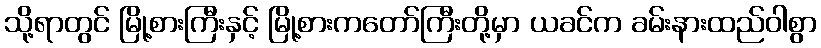
သို့ရာတွင် မြို့စားကြီးနှင့် မြို့စားကတော်ကြီးတို့မှာ ယခင်က ခမ်းနားထည်ဝါစွာ